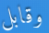
وقابل